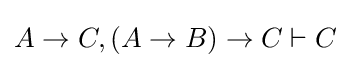
A\to C,(A\to B)\to C\vdash C